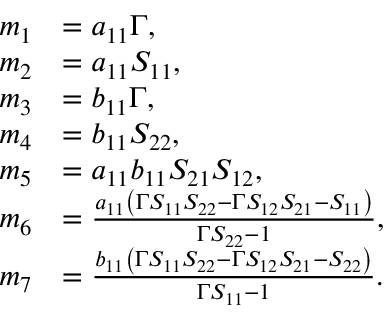
\begin{array} { r l } { m _ { 1 } } & { = a _ { 1 1 } \Gamma , } \\ { m _ { 2 } } & { = a _ { 1 1 } S _ { 1 1 } , } \\ { m _ { 3 } } & { = b _ { 1 1 } \Gamma , } \\ { m _ { 4 } } & { = b _ { 1 1 } S _ { 2 2 } , } \\ { m _ { 5 } } & { = a _ { 1 1 } b _ { 1 1 } S _ { 2 1 } S _ { 1 2 } , } \\ { m _ { 6 } } & { = \frac { a _ { 1 1 } \left( \Gamma S _ { 1 1 } S _ { 2 2 } - \Gamma S _ { 1 2 } S _ { 2 1 } - S _ { 1 1 } \right) } { \Gamma S _ { 2 2 } - 1 } , } \\ { m _ { 7 } } & { = \frac { b _ { 1 1 } \left( \Gamma S _ { 1 1 } S _ { 2 2 } - \Gamma S _ { 1 2 } S _ { 2 1 } - S _ { 2 2 } \right) } { \Gamma S _ { 1 1 } - 1 } . } \end{array}